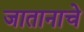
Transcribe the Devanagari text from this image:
जातानाचे